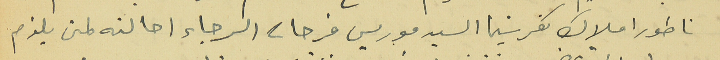
ناطور املاك كفرشيما السيد موريس فرحات الرجاء احالته لمن يلزم